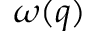
\omega ( q )